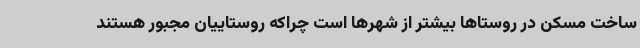
ساخت مسکن در روستاها بیشتر از شهرها است چراکه روستاییان مجبور هستند